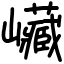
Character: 𡿄